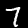
Label: 7